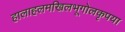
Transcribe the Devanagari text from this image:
हालाहलमखिलभूगोलकृपया